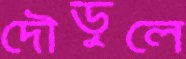
দৌড়ুলে